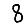
Digit: 8